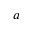
a